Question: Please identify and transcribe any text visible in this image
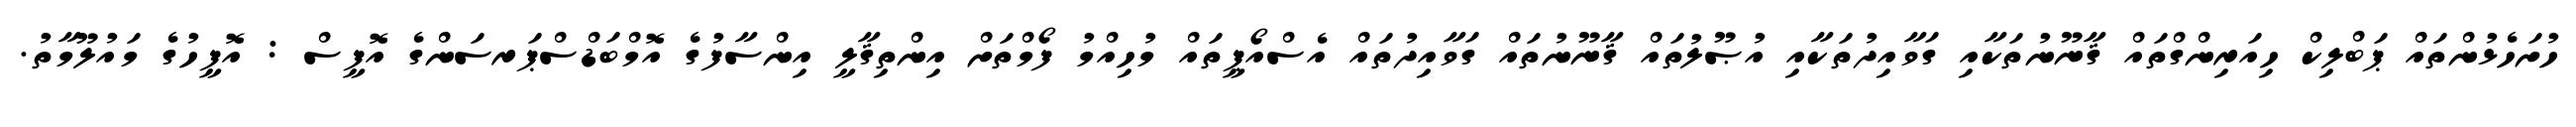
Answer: ހުށަހެޅުންތައް ޕަބްލިކް ހިއަރިންގްތައް ޤާނޫނުތަކާއި ގަވާއިދުތަކާއި އުޞޫލުތައް ޤާނޫނުތައް ގަވާއިދުތައް އެސްއޯޕީތައް މުހިއްމު ފޯމްތަށް އިންތިޤާލީ އިންސާފުގެ އޮމްބަޑްސްޕަރސަންގެ އޮފީސް : އޮފީހުގެ މައުލޫމާތު.